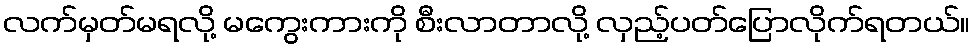
လက်မှတ်မရလို့ မကွေးကားကို စီးလာတာလို့ လှည့်ပတ်ပြောလိုက်ရတယ်။